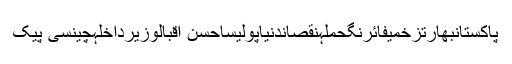
پاکستانبھارتزخمیفائرنگحملہنقصاندنیاپولیساحسن اقبالوزیرداخلہچینسی پیک